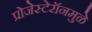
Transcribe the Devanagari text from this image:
प्रोजेस्टेरॉनमुळे